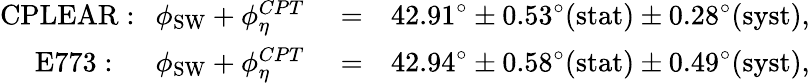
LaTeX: \begin{array}{rlr}{\mathrm{CPLEAR:}~~~\phi_{\mathrm{SW}}+\phi_{\eta}^{CPT}}&{{}=}&{42.91^{\circ}\pm 0.53^{\circ}\mathrm{(stat)}\pm 0.28^{\circ}\mathrm{(syst)},}\\ {\mathrm{E773:~~}~~~\phi_{\mathrm{SW}}+\phi_{\eta}^{CPT}}&{{}=}&{42.94^{\circ}\pm 0.58^{\circ}\mathrm{(stat)}\pm 0.49^{\circ}\mathrm{(syst)},}\end{array}